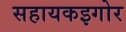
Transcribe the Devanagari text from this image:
सहायकइगोर